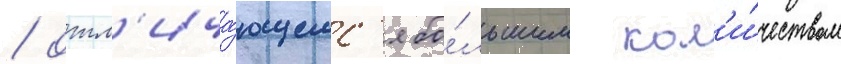
/ отл'ича́ющемс'я бо́льшим кол'и́чеством